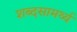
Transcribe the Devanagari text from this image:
शब्दसामर्थ्य